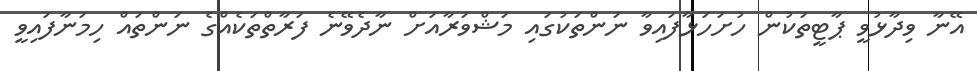
އޭނާ ވިދާޅުވީ ޕާޓީތަކުން ހުށަހަޅާފައިވާ ނަންތަކުގައި މަޝްވަރާއަށް ނާދެވޭނެ ފަރާތްތަކެއްގެ ނަންތައް ހިމަނާފައިވީ